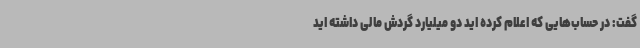
گفت: در حساب‌هایی که اعلام کرده اید دو میلیارد گردش مالی داشته اید